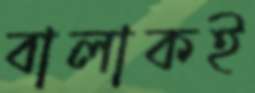
বালাকই